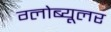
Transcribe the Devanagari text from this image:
ग्लोब्यूलर